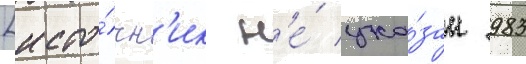
[исто́чн'ик н'е́ ука́зан 983